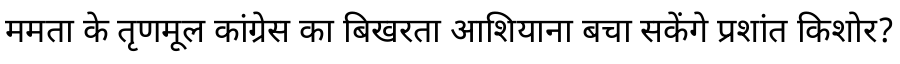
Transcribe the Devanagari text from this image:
ममता के तृणमूल कांग्रेस का बिखरता आशियाना बचा सकेंगे प्रशांत किशोर?